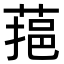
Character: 𦶂